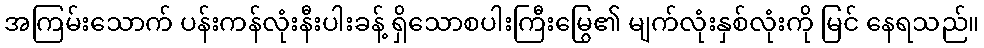
အကြမ်းသောက် ပန်းကန်လုံးနီးပါးခန့် ရှိသောစပါးကြီးမြွေ၏ မျက်လုံးနှစ်လုံးကို မြင် နေရသည်။